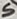
Text: S